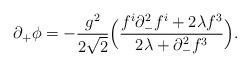
LaTeX: \begin{align*}\partial_{+}\phi =-{g^{2}\over 2\sqrt{2}}\Big({f^{i}\partial^{2}_{-}f^{i}+2\lambda f^{3}\over 2\lambda+\partial_{-}^{2}f^{3}}\Big).\end{align*}